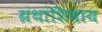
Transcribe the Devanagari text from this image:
ग्रंथांशिवाय